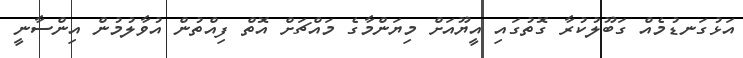
އަޅުގަނޑުމެއް ގަބޫލުކުރާ ގޮތުގައި އީޔޫއަށް މިޔަންމާގެ މައްޗަށް އޮތް ފިއްތުން އުވާލުމުން އިންސާނީ